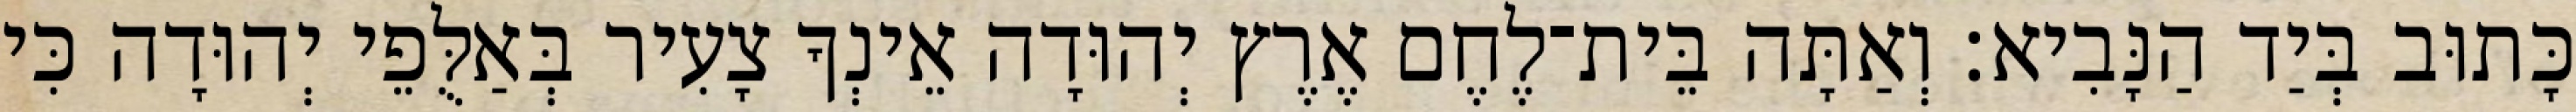
כָּתוּב בְּיַד הַנָּבִיא׃ וְאַתָּה בֵּית־לֶחֶם אֶרֶץ יְהוּדָה אֵינְךָ צָעִיר בְּאַלֻּפֵי יְהוּדָה כִּי